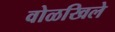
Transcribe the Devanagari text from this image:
वोळखिले